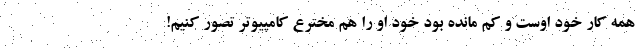
همه کار خود اوست و کم مانده بود خود او را هم مخترع کامپیوتر تصور کنیم!